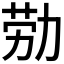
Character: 𫦰